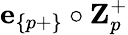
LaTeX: \textbf{e}_{\{ p+\} }\circ\textbf{Z}_{p}^{+}